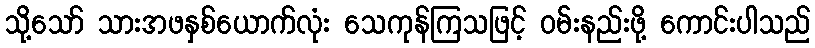
သို့သော် သားအဖနှစ်ယောက်လုံး သေကုန်ကြသဖြင့် ဝမ်းနည်းဖို့ ကောင်းပါသည်